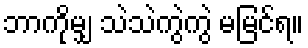
ဘာကိုမျှ သဲသဲကွဲကွဲ မမြင်ရ။